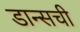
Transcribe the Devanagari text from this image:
डान्सची